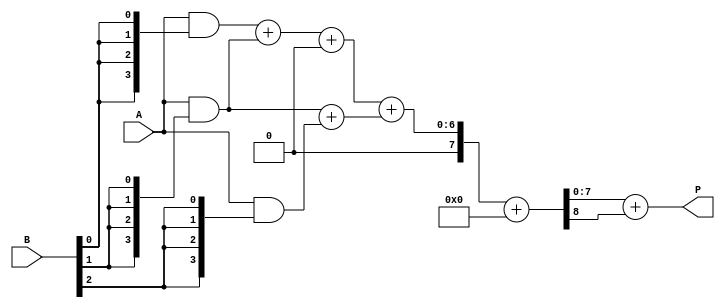
module WallaceTreeMultiplier #(parameter n = 4) (
    input [n-1:0] A,
    input [n-1:0] B,
    output [2*n-1:0] P
);

// Partial product generation
wire [n-1:0] pp[n-1:0]; // Partial products

genvar i;
generate
    for (i = 0; i < n; i = i + 1) begin : partial_products
        assign pp[i] = A & {n{B[i]}};
    end
endgenerate

// Wallace tree reduction
wire [2*n-1:0] sum[2*n-1:0];
wire [2*n-1:0] carry[2*n-1:0];

// Stage 1: Combine partial products
generate
    for (i = 0; i < n; i = i + 1) begin : stage1
        if (i < n-1) begin
            // Half Adder
            assign {carry[i], sum[i]} = pp[i] + pp[i+1];
        end else begin
            assign sum[i] = pp[i];
            assign carry[i] = 0;
        end
    end
endgenerate

// Stage 2: Reduce further
wire [2*n-1:0] sum_temp[2*n-1:0];
wire [2*n-1:0] carry_temp[2*n-1:0];

generate
    for (i = 0; i < n; i = i + 1) begin : stage2
        if (i < n-2) begin
            // Full Adder
            assign {carry_temp[i], sum_temp[i]} = sum[i] + carry[i] + sum[i+1];
        end else begin
            assign sum_temp[i] = sum[i];
            assign carry_temp[i] = carry[i];
        end
    end
endgenerate

// Final addition
wire [2*n-1:0] final_sum;
wire [2*n-1:0] final_carry;

assign {final_carry, final_sum} = sum_temp[0] + carry_temp[0];

// Final product
assign P = final_sum + final_carry;

endmodule